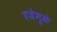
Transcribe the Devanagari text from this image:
रजेमुळे